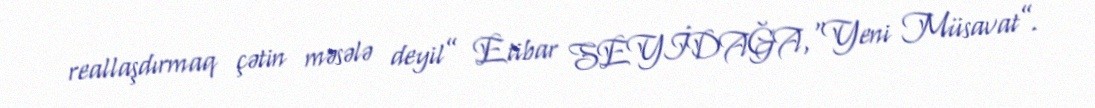
reallaşdırmaq çətin məsələ deyil” Etibar SEYİDAĞA,“Yeni Müsavat”.